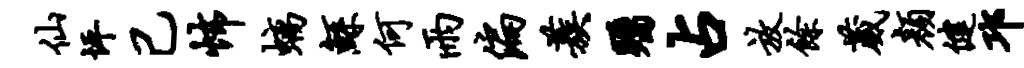
仙坪己怖螭鲧何雨偏蔟瞩占放余葳颜健邛